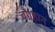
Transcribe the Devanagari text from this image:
चौाहान